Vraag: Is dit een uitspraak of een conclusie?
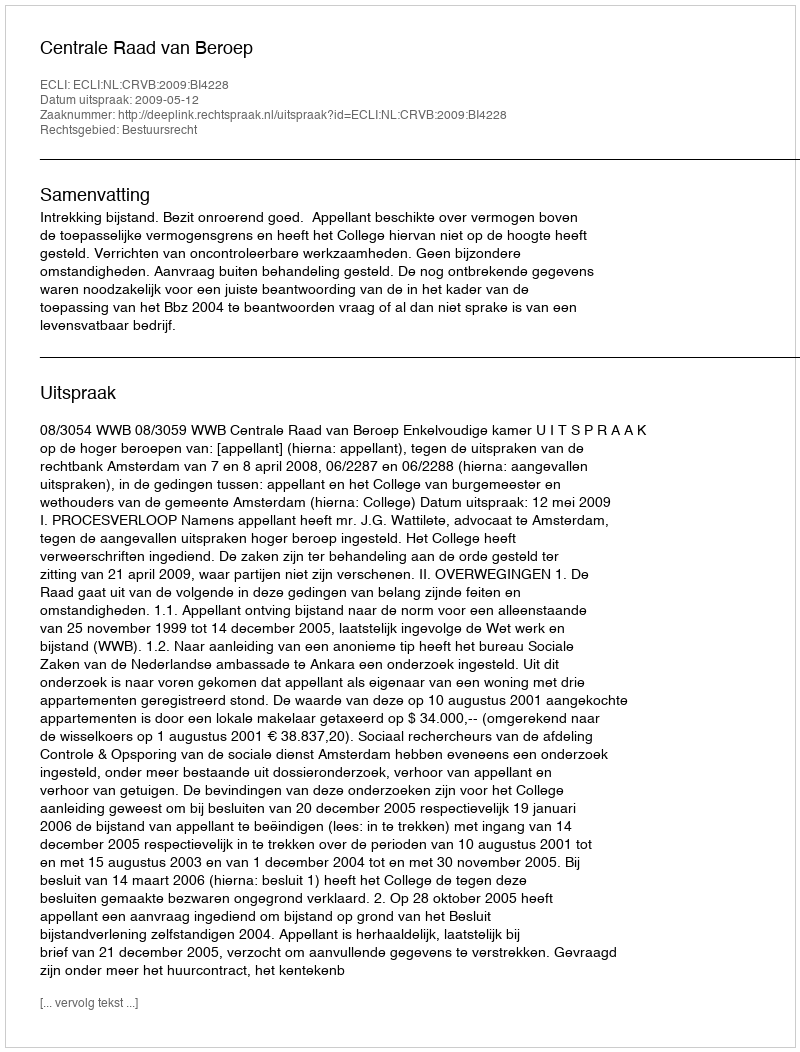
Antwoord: Uitspraak